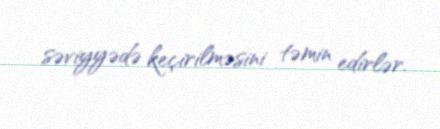
səviyyədə keçirilməsini təmin edirlər.